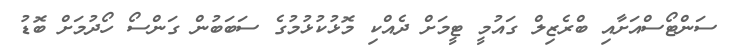
ސަންޓޯސްއަށާއި ބްރެޒިލް ގައުމީ ޓީމަށް ދެއްކި މޮޅުކުޅުމުގެ ސަބަބުން ގަންސޯ ހޯދުމަށް ބޮޑު